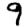
Digit: 9